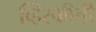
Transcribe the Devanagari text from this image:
व्हिस्कीची